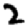
Digit: 2